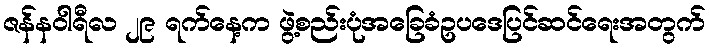
ဇန်နဝါရီလ ၂၉ ရက်နေ့က ဖွဲ့စည်းပုံအခြေခံဥပဒေပြင်ဆင်ရေးအတွက်